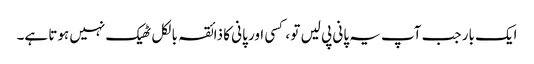
ایک بار جب آپ یہ پانی پی لیں تو ، کسی اور پانی کا ذائقہ بالکل ٹھیک نہیں ہوتا ہے۔